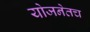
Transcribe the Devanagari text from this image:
योजनेतच